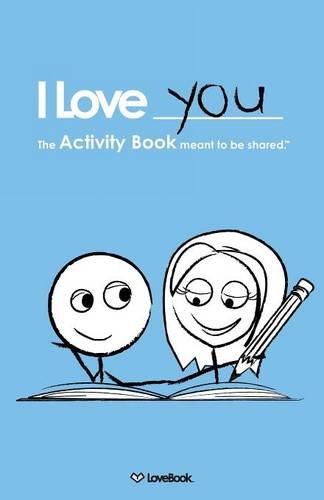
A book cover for The LoveBook Activity Book for Boy/Girl Couples; Lovebook; Parenting & Relationships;